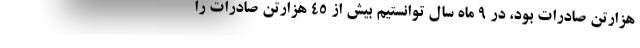
هزارتن صادرات بود، در 9 ماه سال توانستيم بيش از 45 هزارتن صادرات را